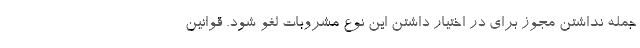
جمله نداشتن مجوز برای در اختیار داشتن این نوع مشروبات لغو شود. قوانین